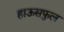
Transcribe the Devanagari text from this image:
हाऊसफुल